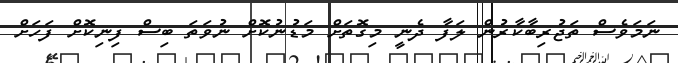
ނަމަވެސް ތަޖުރިބާކާރުން ލަފާ ދެނީ މިގޮތަށް މަޑުނުކޮށް ނުވަތަ ބިސް ފިނިކޮށް ފަހަށް